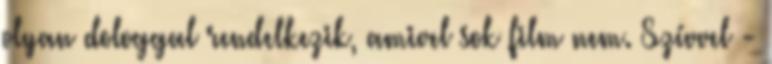
olyan dologgal rendelkezik, amivel sok film nem. Szívvel -